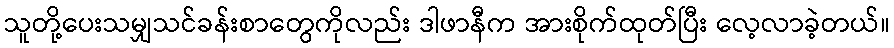
သူတို့ပေးသမျှသင်ခန်းစာတွေကိုလည်း ဒါဖာနီက အားစိုက်ထုတ်ပြီး လေ့လာခဲ့တယ်။